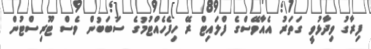
ފިރާގު ވިދާޅުވީ ގަތަރު އެއާވޭސްގެ ފްލައިޓް ރޭ ހިފެހެއްޓުމުގެ ސަބަބުން ވެސް ޓޫރިސްޓުން